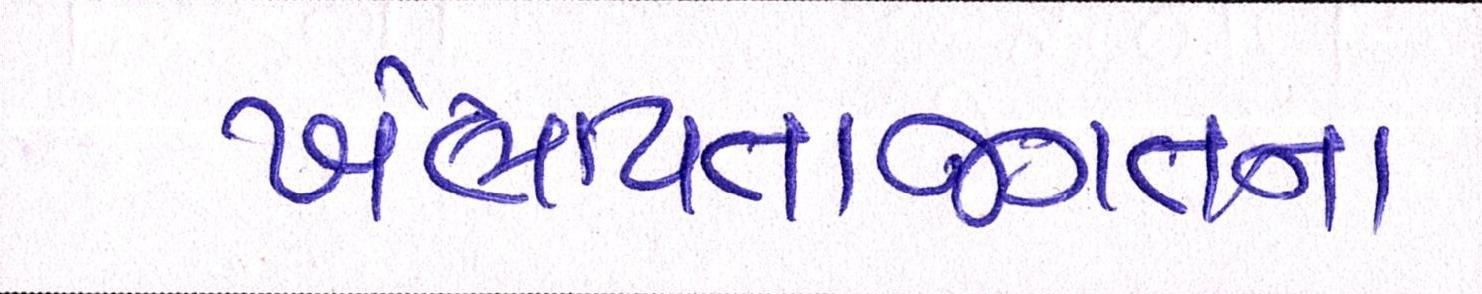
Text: ખંભાયતાજગતના